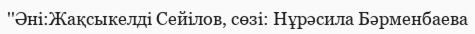
''Әні:Жақсыкелді Сейілов, сөзі: Нұрәсила Бәрменбаева